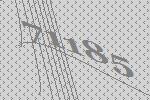
71185